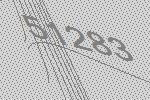
51283